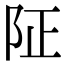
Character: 阷